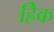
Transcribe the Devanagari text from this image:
हैिक